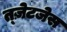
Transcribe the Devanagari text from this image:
त्ज़ेटजेस